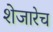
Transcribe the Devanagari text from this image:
शेजारेच